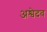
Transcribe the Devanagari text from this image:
अश्वेदव